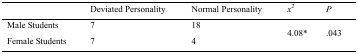
|  | Deviated Personality | Normal Personality | x2 | P |
 | --- | --- | --- | --- | --- |
 | Male Students | 7 | 18 | <ROWSPAN=2> 4.08* | <ROWSPAN=2> .043 |
 | Female Students | 7 | 4 |